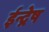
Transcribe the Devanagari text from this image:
ईन्द्रेष